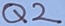
Text: Q2